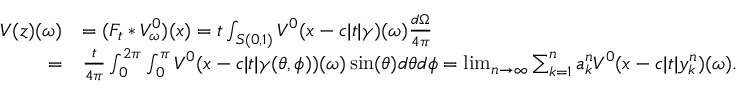
\begin{array} { r l } { V ( z ) ( \omega ) } & { = ( F _ { t } * V _ { \omega } ^ { 0 } ) ( x ) = t \int _ { S ( 0 , 1 ) } V ^ { 0 } ( x - c | t | \gamma ) ( \omega ) \frac { d \Omega } { 4 \pi } } \\ { = } & { \frac { t } { 4 \pi } \int _ { 0 } ^ { 2 \pi } \int _ { 0 } ^ { \pi } V ^ { 0 } ( x - c | t | \gamma ( \theta , \phi ) ) ( \omega ) \sin ( \theta ) d \theta d \phi = \operatorname* { l i m } _ { n \rightarrow \infty } \sum _ { k = 1 } ^ { n } a _ { k } ^ { n } V ^ { 0 } ( x - c | t | y _ { k } ^ { n } ) ( \omega ) . } \end{array}